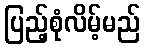
ပြည့်စုံလိမ့်မည်